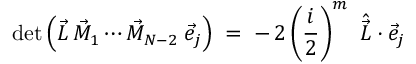
\operatorname * { d e t } \left( \vec { L } \, \vec { M } _ { 1 } \cdots \vec { M } _ { N - 2 } \; \vec { e } _ { j } \right) \; = \; - \, 2 \left( \frac i 2 \right) ^ { m } \ \hat { \vec { L } } \cdot \vec { e } _ { j }